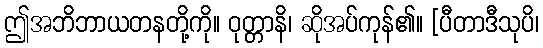
ဤအဘိဘာယတနတို့ကို။ ဝုတ္တာနိ၊ ဆိုအပ်ကုန်၏။ [ပီတာဒီသုပိ၊